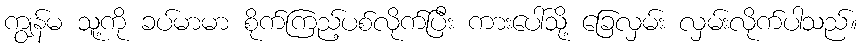
ကျွန်မ သူ့ကို ခပ်မာမာ စိုက်ကြည့်ပစ်လိုက်ပြီး ကားပေါ်သို့ ခြေလှမ်း လှမ်းလိုက်ပါသည်။